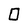
Character: 0